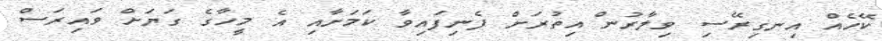
ކޭހެއް އިނގިރޭސި ވިލާރުން އިތުރަށް ފެނިފައިވާ ކަމަށާއި އެ މީހާގެ ގަޔަށް ވައިރަސް